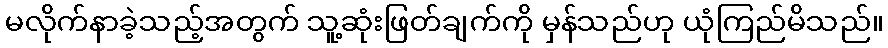
မလိုက်နာခဲ့သည့်အတွက် သူ့ဆုံးဖြတ်ချက်ကို မှန်သည်ဟု ယုံကြည်မိသည်။